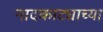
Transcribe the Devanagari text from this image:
नादकाट्याच्या